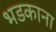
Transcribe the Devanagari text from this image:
भडकाना